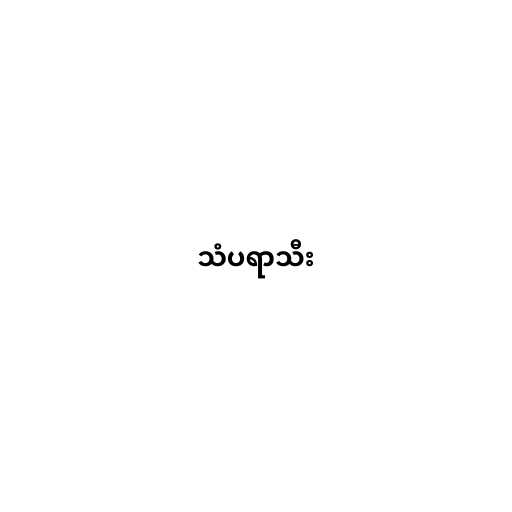
သံပရာသီး